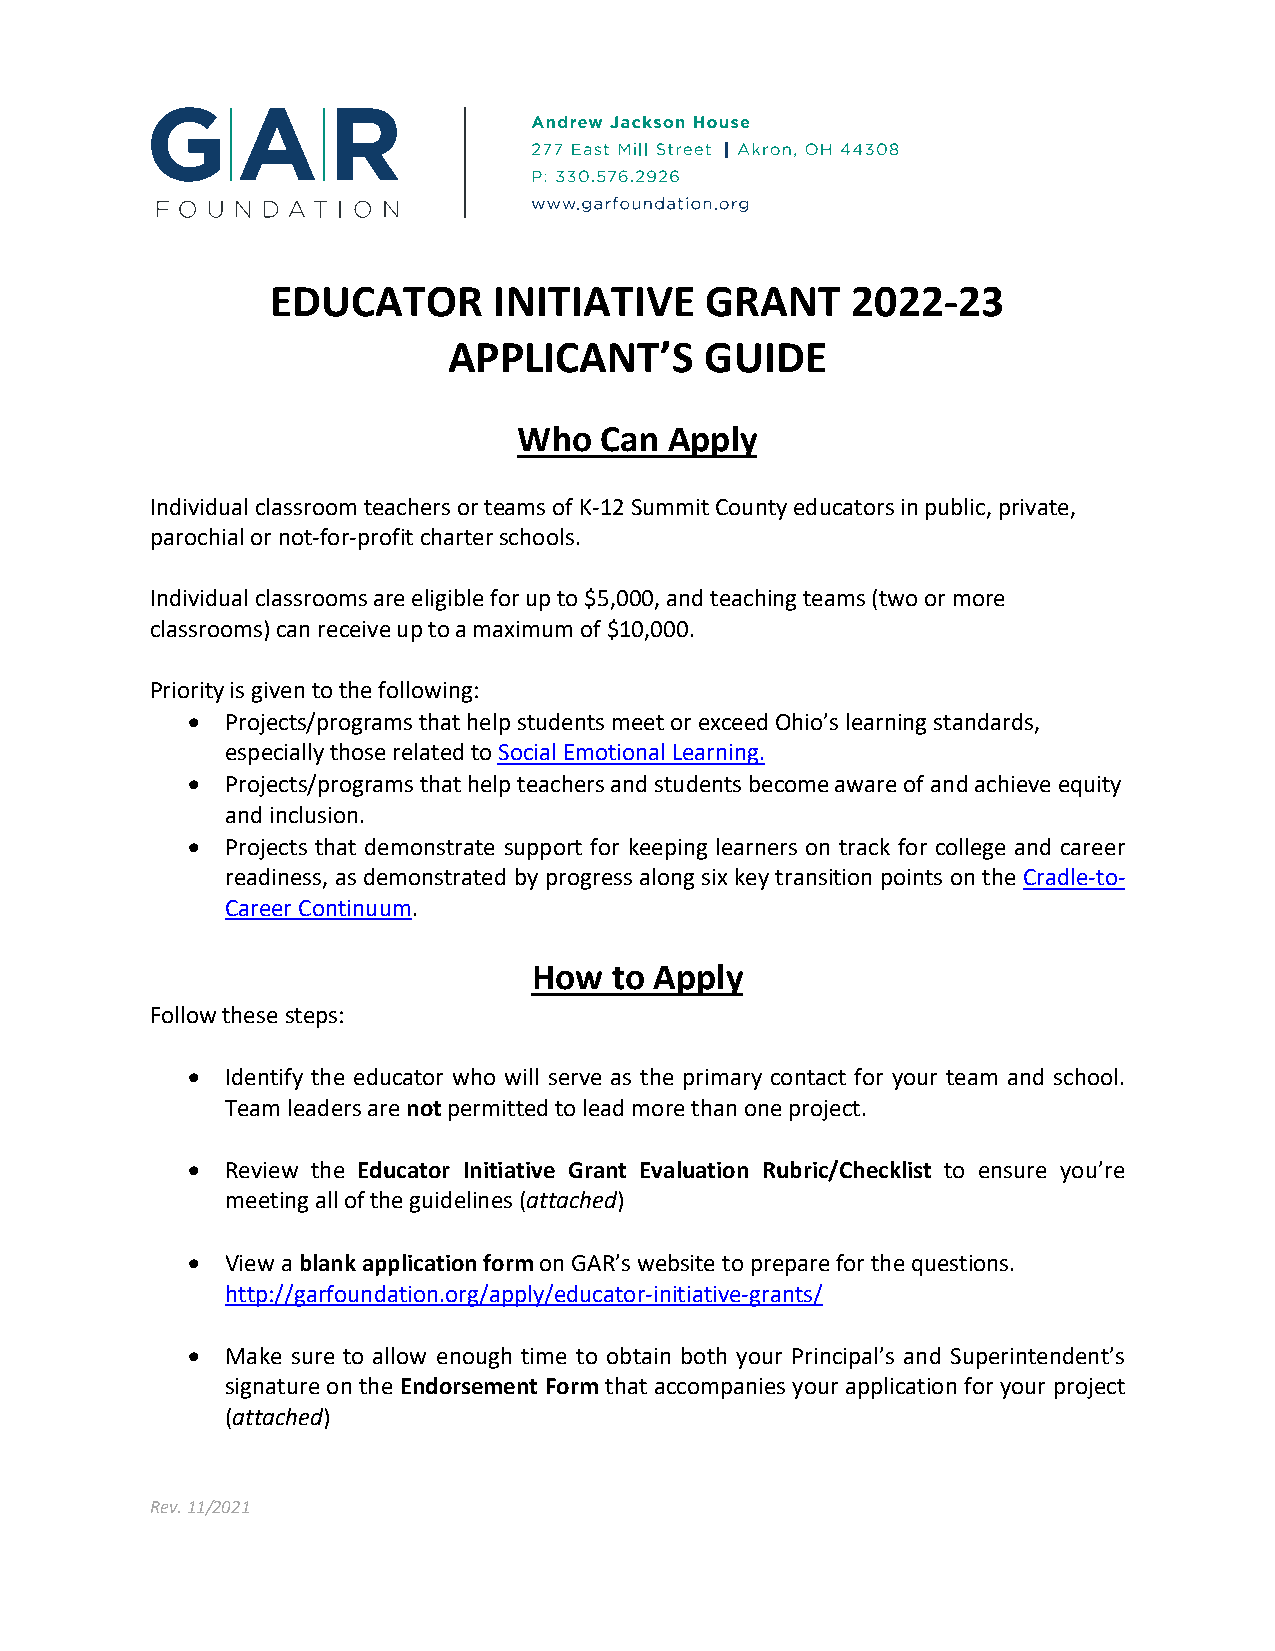
EDUCATOR       INITIATIVE    GRANT    2022-23
 APPLICANT’S      GUIDE
 Who   Can Apply
 Individual classroom teachers or teams of K-12 Summit County educators in public, private,
 parochial or not-for-profit charter schools.
 Individual classrooms are eligible for up to $5,000, and teaching teams (two or more
 classrooms) can receive up to a maximum of $10,000.
 Priority is given to the following:
 •  Projects/programs that help students meet or exceed Ohio’s learning standards,
 especially those related to Social Emotional Learning.
 •  Projects/programs that help teachers and students become aware of and achieve equity
 and inclusion.
 •  Projects that demonstrate support for keeping learners on track for college and career
 readiness, as demonstrated by progress along six key transition points on the Cradle-to-
 Career Continuum.
 How   to Apply
 Follow these steps:
 •  Identify the educator who will serve as the primary contact for your team and school.
 Team leaders are not permitted to lead more than one project.
 •  Review the Educator Initiative Grant Evaluation Rubric/Checklist to ensure you’re
 meeting all of the guidelines (attached)
 •  View a blank application form on GAR’s website to prepare for the questions.
 http://garfoundation.org/apply/educator-initiative-grants/
 •  Make sure to allow enough time to obtain both your Principal’s and Superintendent’s
 signature on the Endorsement Form that accompanies your application for your project
 (attached)
 Rev. 11/2021